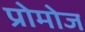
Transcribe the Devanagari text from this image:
प्रोमोज